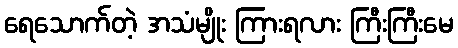
ရေသောက်တဲ့ အသံမျိုး ကြားရလား ကြီးကြီးမေ